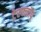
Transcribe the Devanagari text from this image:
टेरफ्लॉप